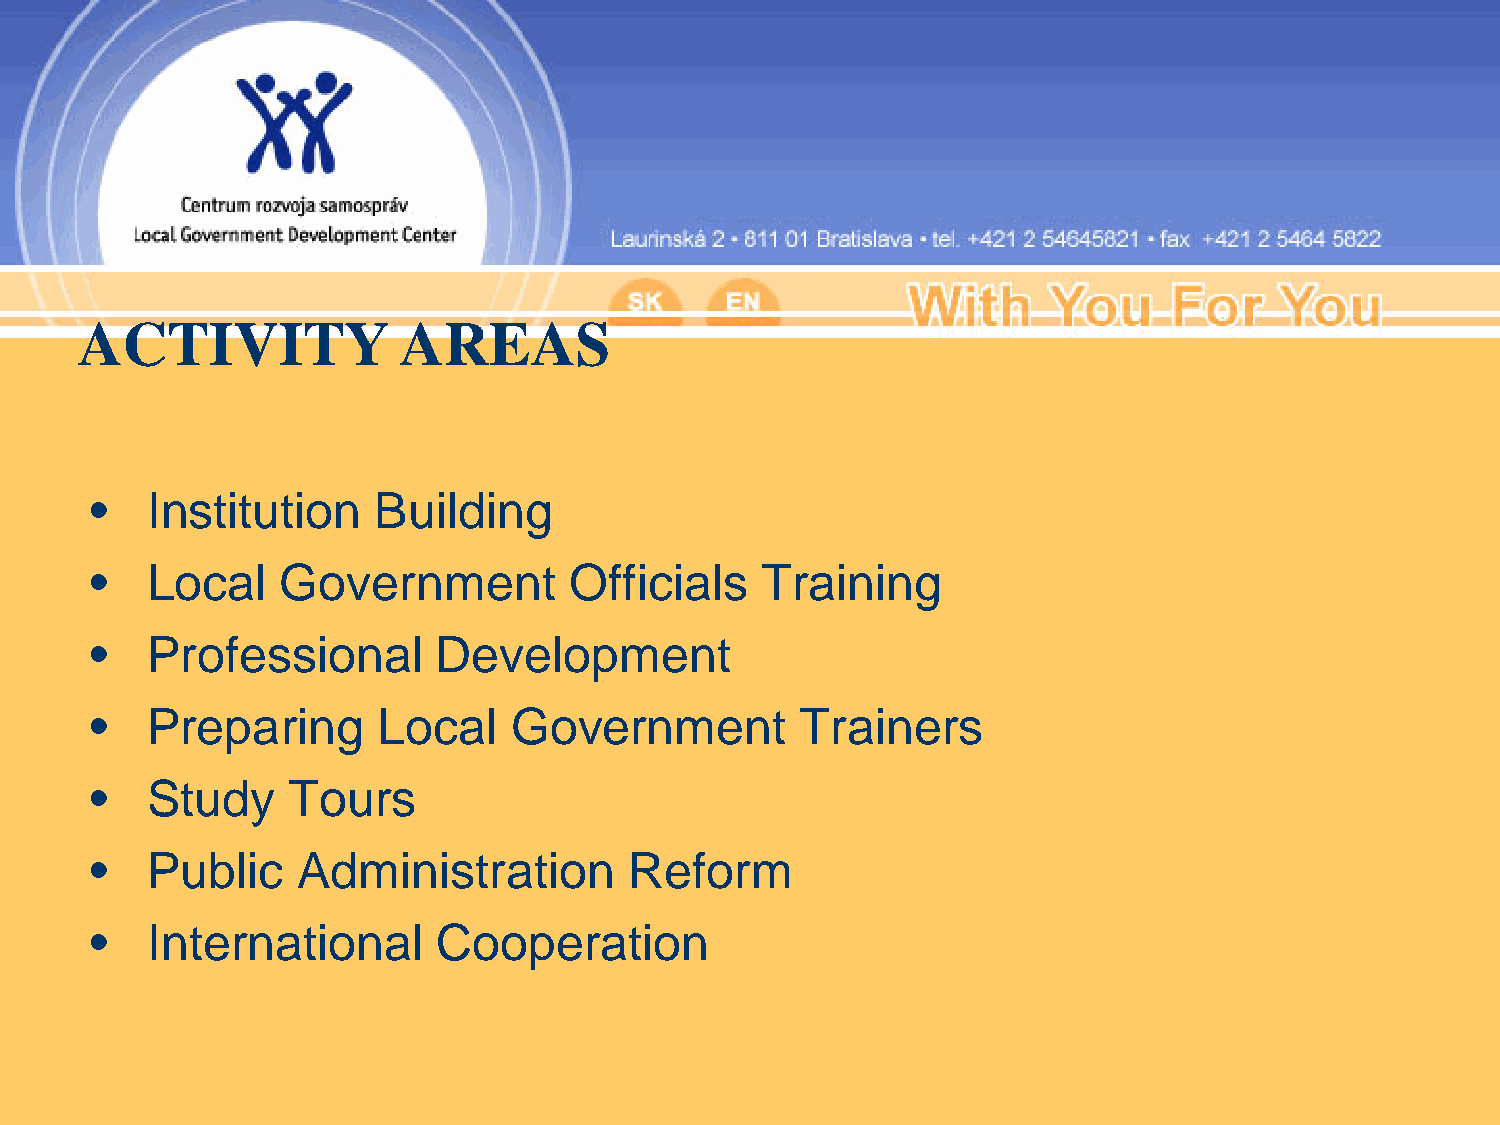
ACTIVITY             AREAS
 •   Institution    Building
 •   Local    Government         Officials   Training
 •   Professional       Development
 •   Preparing      Local    Government         Trainers
 •   Study    Tours
 •   Public    Administration        Reform
 •   International      Cooperation